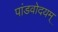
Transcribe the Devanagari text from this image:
पांडवोदयम्